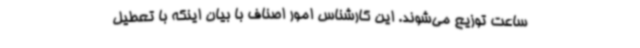
ساعت توزیع می‌شوند. این کارشناس امور اصناف با بیان اینکه با تعطیل